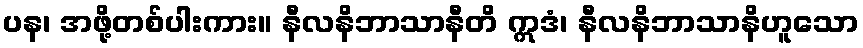
ပန၊ အဖို့တစ်ပါးကား။ နီလနိဘာသာနီတိ ဣဒံ၊ နီလနိဘာသာနိဟူသော